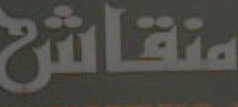
منقاش